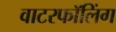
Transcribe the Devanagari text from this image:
वाटरफॉलिंग